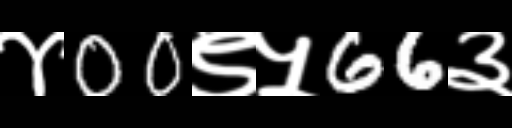
Text: ४00९५66३